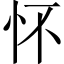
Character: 怀